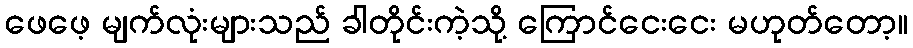
ဖေဖေ့ မျက်လုံးများသည် ခါတိုင်းကဲ့သို့ ကြောင်ငေးငေး မဟုတ်တော့။